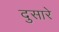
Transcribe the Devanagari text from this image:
दुसारे